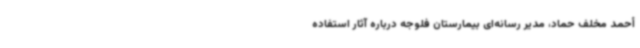
أحمد مخلف حماد، مدیر رسانه‌ای بیمارستان فلوجه درباره آثار استفاده